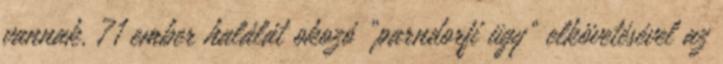
vannak. 71 ember halálát okozó „parndorfi ügy” elkövetésével az